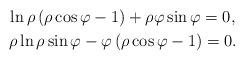
LaTeX: \begin{gather*}\ln \rho \left( \rho \cos \varphi -1\right) +\rho \varphi \sin \varphi =0, \\\rho \ln \rho \sin \varphi -\varphi \left( \rho \cos \varphi -1\right) =0.\end{gather*}